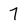
Character: 7